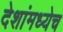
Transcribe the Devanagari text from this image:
देशांमध्येच